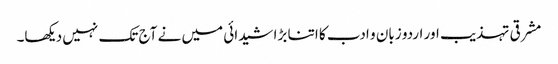
مشرقی تہذیب اور اردو زبان و ادب کا اتنا بڑا شیدائی میں نے آج تک نہیں دیکھا۔